Civil Veterinary Dept. North-West Frontier Province 1901-22 - 1901-1922
Year: 1901
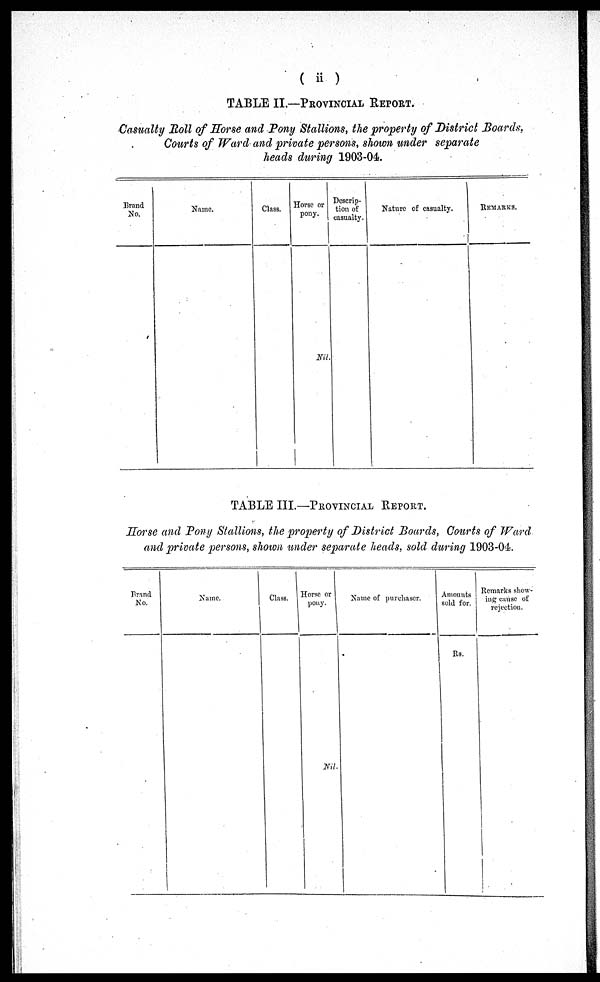
(ii)
TABLE II.—PROVINCIAL REPORT.
Casualty Boll of Horse and Pony Stallions, the property of District Boards,
Courts of Ward and private persons, shown under separate
heads during 1903-04.
Brand
No.
Name.
Class.
Horse or
pony.
Nil
Descrip-
tion of
casualty.
Nature of casualty.
REMARKS.
TABLE III.—PROVINCIAL REPORT.
Horse and Pony Stallions, the property of District Boards, Courts of Ward
and private persons, shown under separate heads, sold during 1903-04.
Brand
No.
Name.
Class.
Horse or
pony.
Nil.
Name of purchaser.
Amounts
sold for.
Rs.
Remarks show-
ing cause of
rejection.